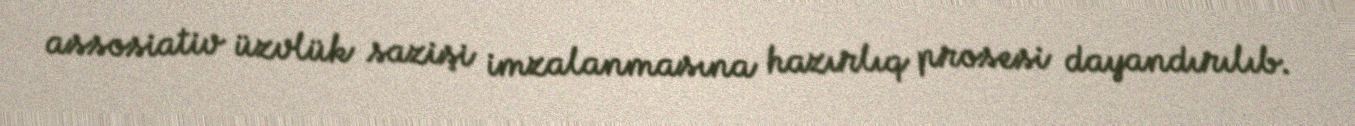
assosiativ üzvlük sazişi imzalanmasına hazırlıq prosesi dayandırılıb.